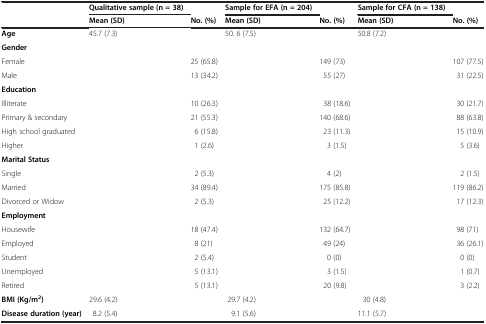
<table><thead><tr><td><b> </b></td><td><b>Qualitative sample (n = 38)</b></td><td><b> </b></td><td><b>Sample for EFA (n = 204)</b></td><td><b> </b></td><td><b>Sample for CFA (n = 138)</b></td><td><b> </b></td></tr></thead><tbody><tr><td> </td><td><b>Mean (SD)</b></td><td><b>No. (%)</b></td><td><b>Mean (SD)</b></td><td><b>No. (%)</b></td><td><b>Mean (SD)</b></td><td><b>No. (%)</b></td></tr><tr><td><b>Age</b></td><td>45.7 (7.3)</td><td> </td><td>50. 6 (7.5)</td><td> </td><td>50.8 (7.2)</td><td> </td></tr><tr><td colspan="7"><b>Gender</b></td></tr><tr><td>Female</td><td> </td><td>25 (65.8)</td><td> </td><td>149 (73)</td><td> </td><td>107 (77.5)</td></tr><tr><td>Male</td><td> </td><td>13 (34.2)</td><td> </td><td>55 (27)</td><td> </td><td>31 (22.5)</td></tr><tr><td colspan="7"><b>Education</b></td></tr><tr><td>Illiterate</td><td> </td><td>10 (26.3)</td><td> </td><td>38 (18.6)</td><td> </td><td>30 (21.7)</td></tr><tr><td>Primary &amp; secondary</td><td> </td><td>21 (55.3)</td><td> </td><td>140 (68.6)</td><td> </td><td>88 (63.8)</td></tr><tr><td>High school graduated</td><td> </td><td>6 (15.8)</td><td> </td><td>23 (11.3)</td><td> </td><td>15 (10.9)</td></tr><tr><td>Higher</td><td> </td><td>1 (2.6)</td><td> </td><td>3 (1.5)</td><td> </td><td>5 (3.6)</td></tr><tr><td colspan="7"><b>Marital Status</b></td></tr><tr><td>Single</td><td> </td><td>2 (5.3)</td><td> </td><td>4 (2)</td><td> </td><td>2 (1.5)</td></tr><tr><td>Married</td><td> </td><td>34 (89.4)</td><td> </td><td>175 (85.8)</td><td> </td><td>119 (86.2)</td></tr><tr><td>Divorced or Widow</td><td> </td><td>2 (5.3)</td><td> </td><td>25 (12.2)</td><td> </td><td>17 (12.3)</td></tr><tr><td colspan="7"><b>Employment</b></td></tr><tr><td>Housewife</td><td> </td><td>18 (47.4)</td><td> </td><td>132 (64.7)</td><td> </td><td>98 (71)</td></tr><tr><td>Employed</td><td> </td><td>8 (21)</td><td> </td><td>49 (24)</td><td> </td><td>36 (26.1)</td></tr><tr><td>Student</td><td> </td><td>2 (5.4)</td><td> </td><td>0 (0)</td><td> </td><td>0 (0)</td></tr><tr><td>Unemployed</td><td> </td><td>5 (13.1)</td><td> </td><td>3 (1.5)</td><td> </td><td>1 (0.7)</td></tr><tr><td>Retired</td><td> </td><td>5 (13.1)</td><td> </td><td>20 (9.8)</td><td> </td><td>3 (2.2)</td></tr><tr><td><b>BMI (Kg/m</b><sup><b>2</b></sup><b>)</b></td><td>29.6 (4.2)</td><td> </td><td>29.7 (4.2)</td><td> </td><td>30 (4.8)</td><td> </td></tr><tr><td><b>Disease duration (year)</b></td><td>8.2 (5.4)</td><td> </td><td>9.1 (5.6)</td><td> </td><td>11.1 (5.7)</td><td> </td></tr></tbody></table>